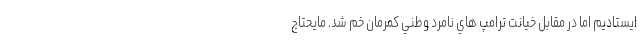
ايستاديم اما در مقابل خيانت ترامپ هاي نامرد وطني كمرمان خم شد. مايحتاج